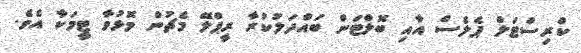
ކްރިސްޓަލް ޕެލެސް އާއި ބޮލްޓަން ބައްދަލުކުރާ ރީޕްލޭ މެޗުން މޮޅުވާ ޓީމަކާ އެވެ.